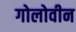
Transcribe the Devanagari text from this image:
गोलोवीन